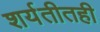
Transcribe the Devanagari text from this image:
शर्यतीतही